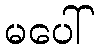
မပေါ်